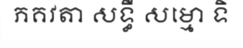
ភគវតា សទ្ធឹ សម្មោ ទិ